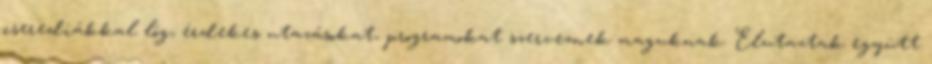
cserediákkal lóg, érdekes utazásokat, programokat szerveznek maguknak. Elutaztak együtt